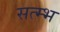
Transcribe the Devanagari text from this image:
सत्म्भ